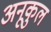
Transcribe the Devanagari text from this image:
अनूकुल